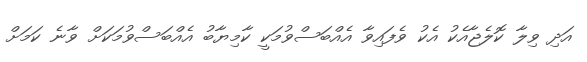
އަދި ވިލާ ކޮލެޖާއެކު އެކު ވެފައިވާ އެއްބަސްވުމަކީ ކާމިޔާބު އެއްބަސްވުމަކަށް ވާނެ ކަމަށް